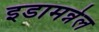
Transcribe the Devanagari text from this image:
इडामन्नेल